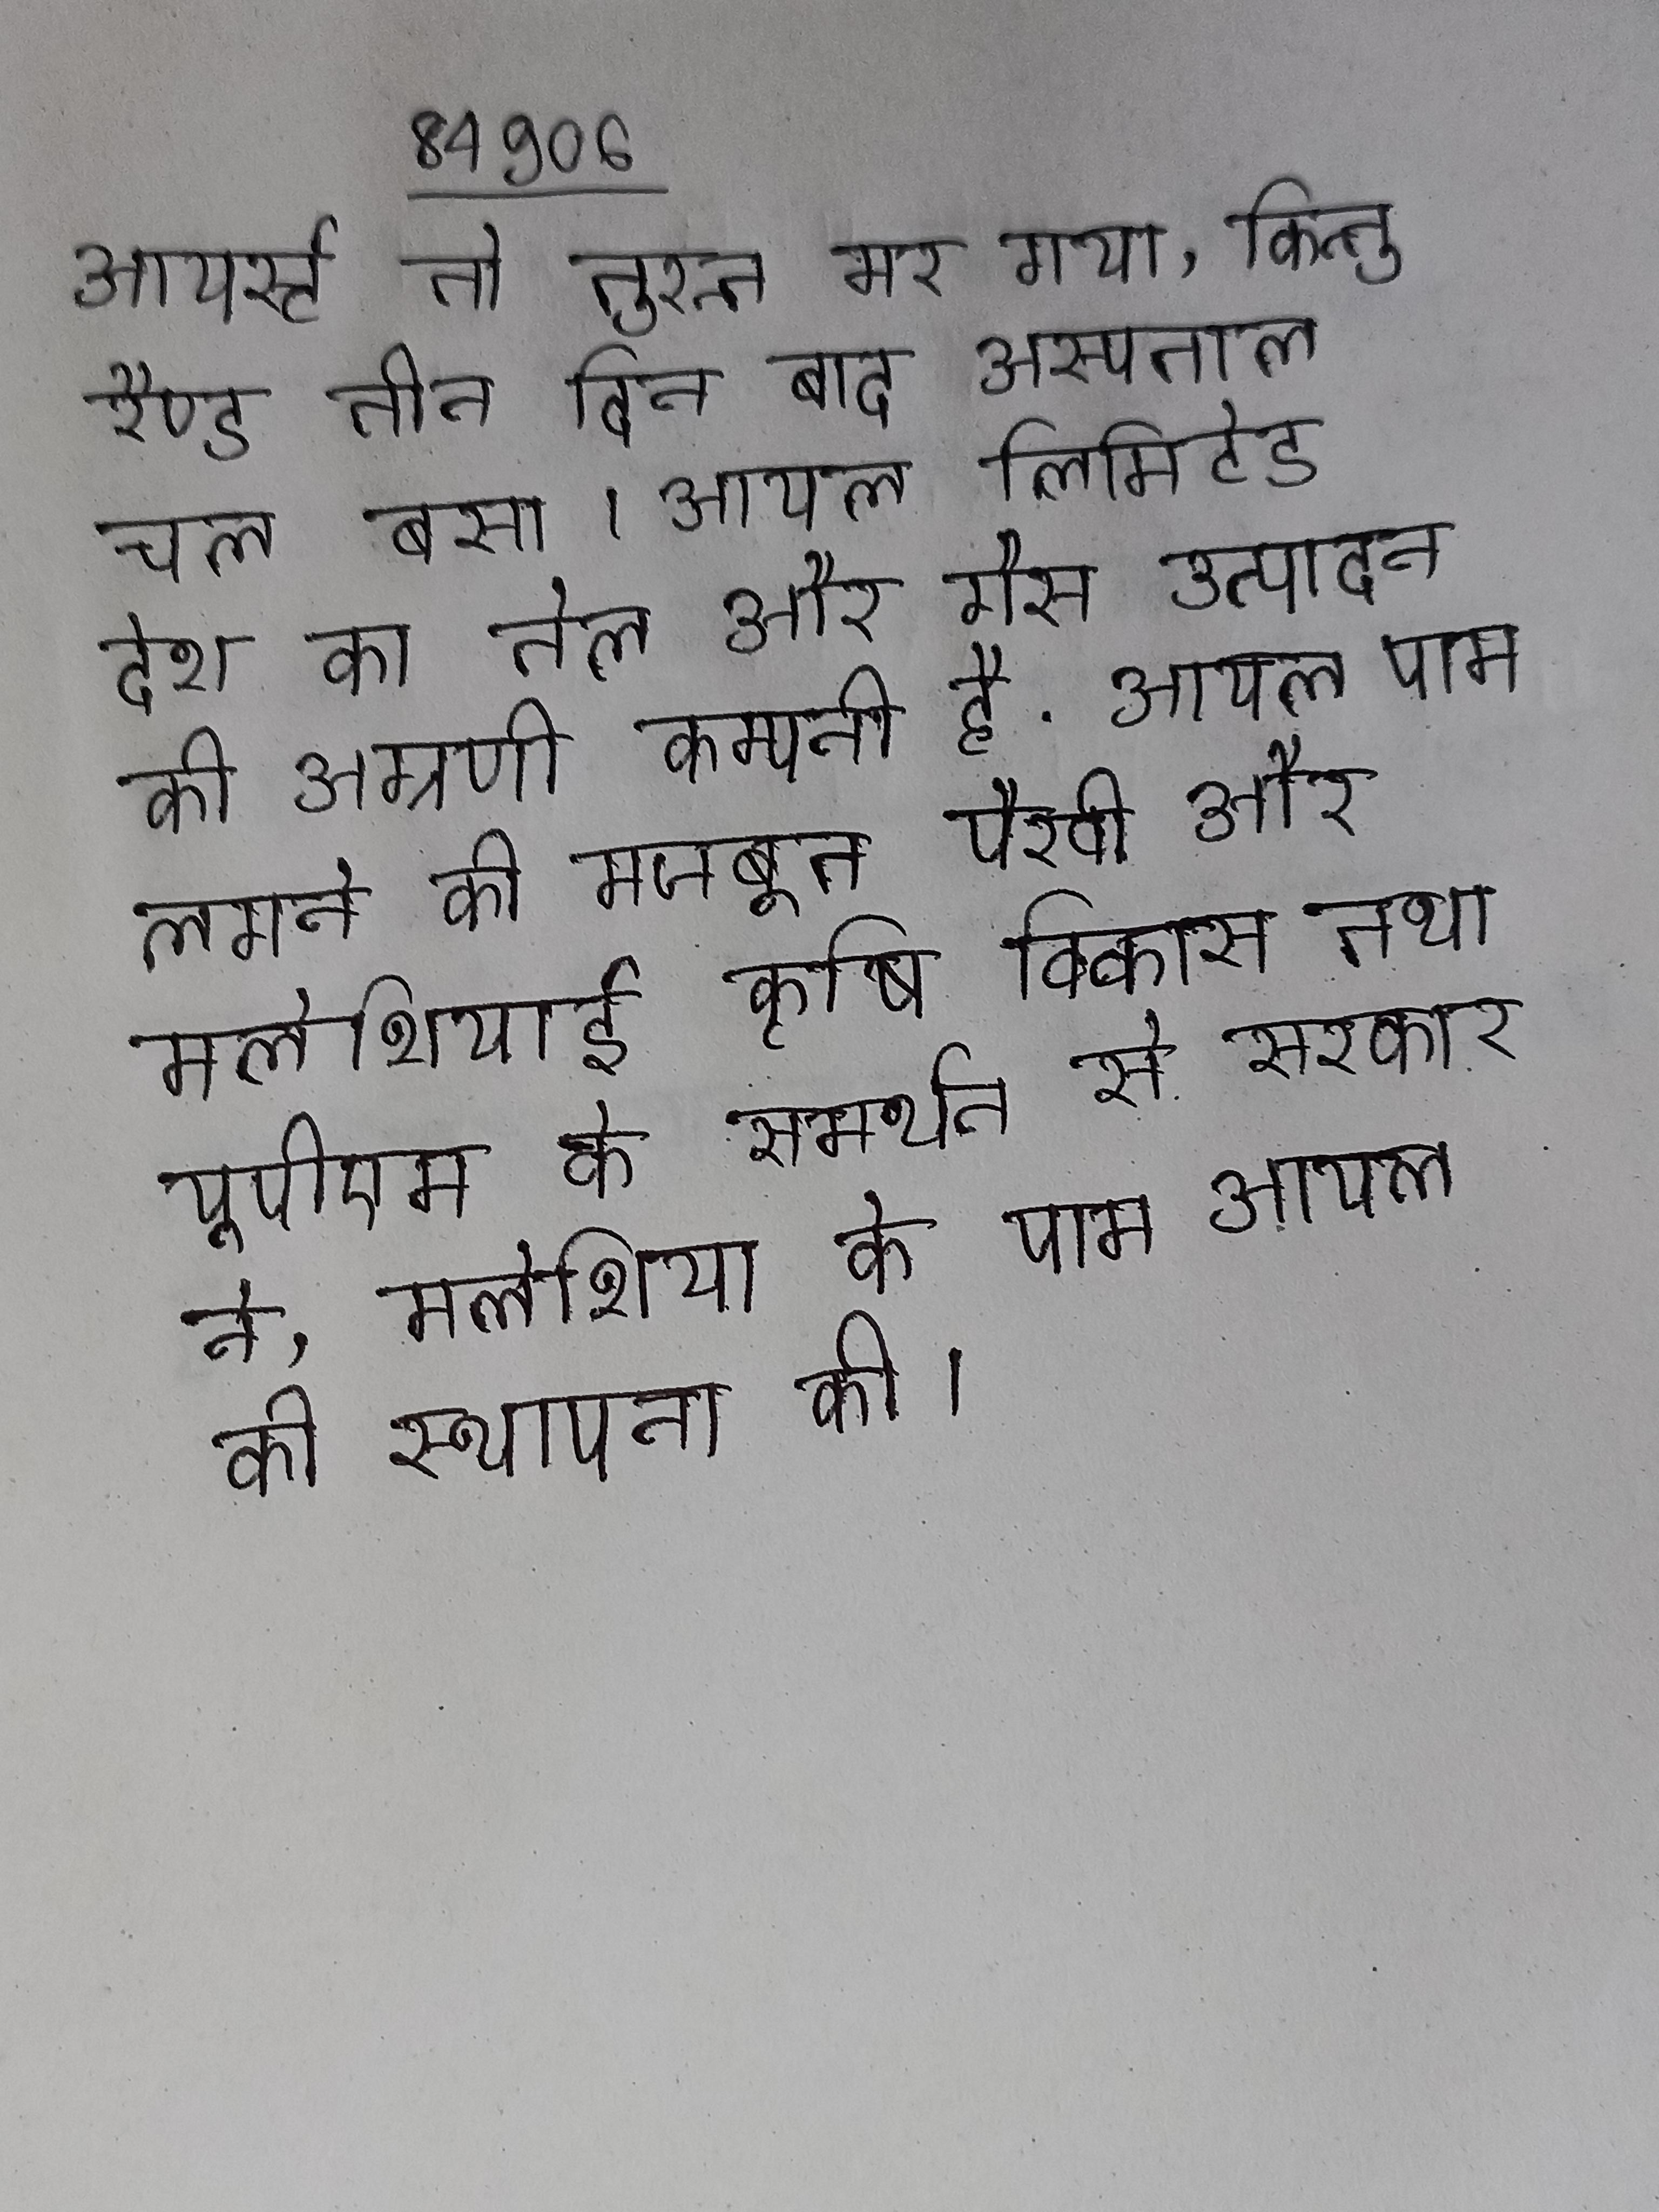
आयर्स्ट तो तुरन्त मर गया, किन्तु रैण्ड तीन दिन बाद अस्पताल चल बसा । आयल लिमिटेड देश का तेल और गैस उत्पादन की अग्रणी कम्पनी है . आयल पाम लगाने की मजबूत पैरवी और मलेशियाई कृषि विकास तथा यूपीएम के समर्थन से सरकार ने, मलेशिया के पाम आयल की स्थापना की ।